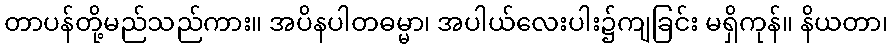
တာပန်တို့မည်သည်ကား။ အပိနပါတဓမ္မာ၊ အပါယ်လေးပါး၌ကျခြင်း မရှိကုန်။ နိယတာ၊